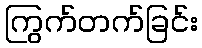
ကြွက်တက်ခြင်း